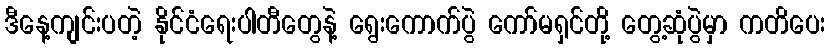
ဒီနေ့ကျင်းပတဲ့ နိုင်ငံရေးပါတီတွေနဲ့ ရွေးကောက်ပွဲ ကော်မရှင်တို့ တွေ့ဆုံပွဲမှာ ကတိပေး